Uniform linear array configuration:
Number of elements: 8
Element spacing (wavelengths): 1
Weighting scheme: hamming
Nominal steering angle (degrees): -60
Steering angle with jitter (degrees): -58.739
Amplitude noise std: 0.05
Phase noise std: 0.05

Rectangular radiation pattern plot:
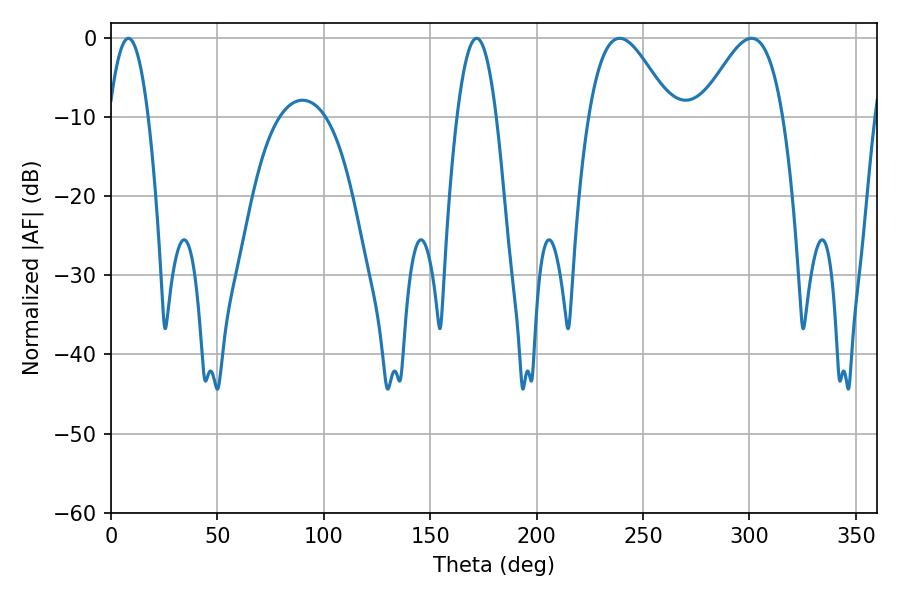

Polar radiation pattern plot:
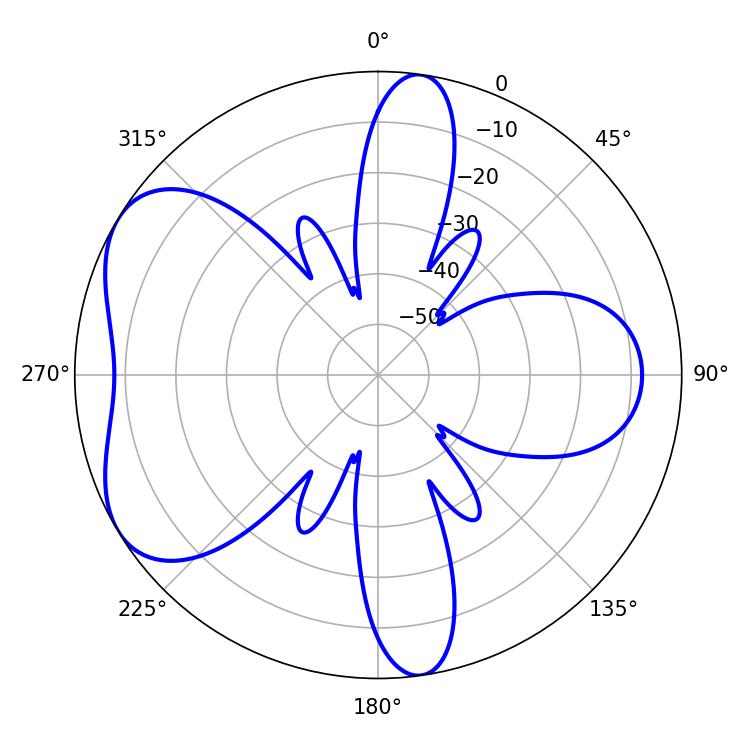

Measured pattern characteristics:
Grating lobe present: TRUE
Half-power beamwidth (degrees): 20.7
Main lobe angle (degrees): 239.04